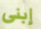
إبنى